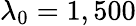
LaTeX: \lambda_{0}=1,500